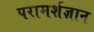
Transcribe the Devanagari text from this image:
परामर्शज्ञान